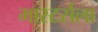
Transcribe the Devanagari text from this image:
मास्टर्सला